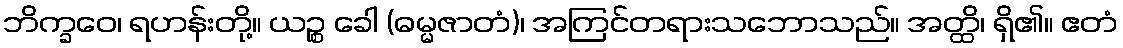
ဘိက္ခဝေ၊ ရဟန်းတို့။ ယဉ္စ ခေါ (ဓမ္မဇာတံ)၊ အကြင်တရားသဘောသည်။ အတ္ထိ၊ ရှိ၏။ ဧတံ